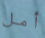
أمل